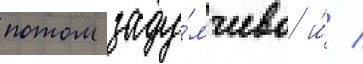
потом заду́мчиво и́ /